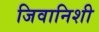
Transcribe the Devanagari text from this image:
जिवानिशी